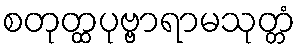
စတုတ္ထပုဗ္ဗာရာမသုတ္တံ